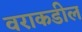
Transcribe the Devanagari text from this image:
वराकडील